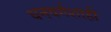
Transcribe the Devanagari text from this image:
धनवर्गशाही